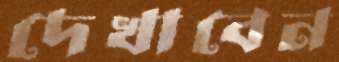
দেখাবেন